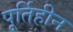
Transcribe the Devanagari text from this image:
पूर्तिहीन